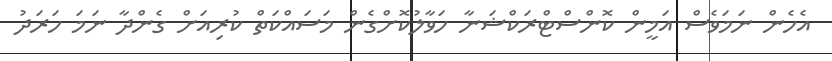
އެހެން ނަމަވެސް އަމީން ކޮންސްޓްރަކްޝަނާ ހަވާލުކޮށްގެން މަސައްކަތް ކުރިއަށް ގެންދާ ނަމަ ހަރަދު